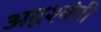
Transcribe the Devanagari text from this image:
अदृश्यंती